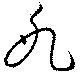
氷